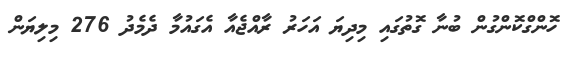
ހޮންގްކޮންގުން ބުނާ ގޮތުގައި މިދިޔަ އަހަރު ރާއްޖެއާ އެގައުމާ ދެމެދު 276 މިލިޔަން